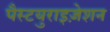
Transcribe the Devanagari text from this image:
पैस्टयुराइज़ेशन